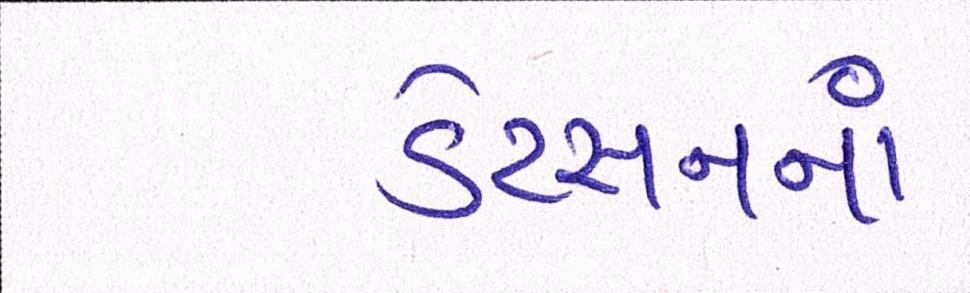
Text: ડેટસનનાં